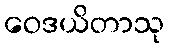
ဝေဒယိတာသု